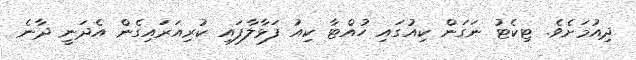
ދިއުމަށެވެ. ޓިކެޓު ނަގަން ކިއުގައި ހުއްޓާ ކިއު ފަޅާލާފައި ކުރިއަރައިގެން އެދަނީ ދާނެ